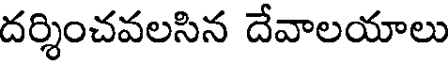
దర్శించవలసిన దేవాలయాలు